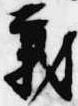
義